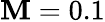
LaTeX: \mathbf{M}=0.1